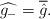
LaTeX: \begin{align*} \widehat{g_{-}}=\overline{\hat{g}}.\end{align*}